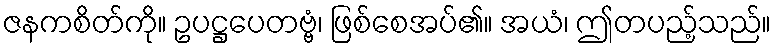
ဇနကစိတ်ကို။ ဥပဋ္ဌပေတဗ္ဗံ၊ ဖြစ်စေအပ်၏။ အယံ၊ ဤတပည့်သည်။